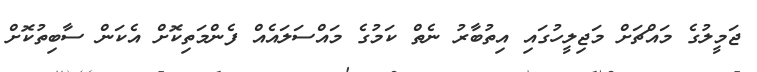
ޖަމީލުގެ މައްޗަށް މަޖިލީހުގައި އިތުބާރު ނެތް ކަމުގެ މައްސަލައެއް ފެންމަތިކޮށް އެކަން ސާބިތުކޮށް